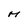
Character: M